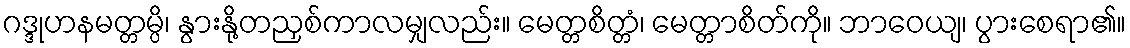
ဂဒ္ဒုဟနမတ္တမ္ပိ၊ နွားနို့တညှစ်ကာလမျှလည်း။ မေတ္တစိတ္တံ၊ မေတ္တာစိတ်ကို။ ဘာဝေယျ၊ ပွားစေရာ၏။